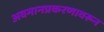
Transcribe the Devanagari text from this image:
अवमानप्रकरणावरून